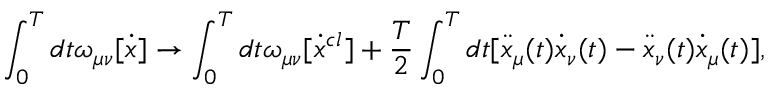
\int _ { 0 } ^ { T } { d t } \omega _ { \mu \nu } [ \dot { x } ] \to \int _ { 0 } ^ { T } { d t \omega _ { \mu \nu } } [ \dot { x } ^ { c l } ] + \frac { T } { 2 } \int _ { 0 } ^ { T } { d t [ \ddot { x } _ { \mu } } ( t ) \dot { x } _ { \nu } ( t ) - \ddot { x } _ { \nu } ( t ) \dot { x } _ { \mu } ( t ) ] ,